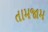
તામજામ